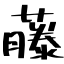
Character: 藤